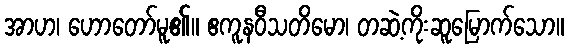
အာဟ၊ ဟောတော်မူ၏။ ဧကူနဝီသတိမော၊ တဆဲ့ကိုးဆူမြောက်သော။